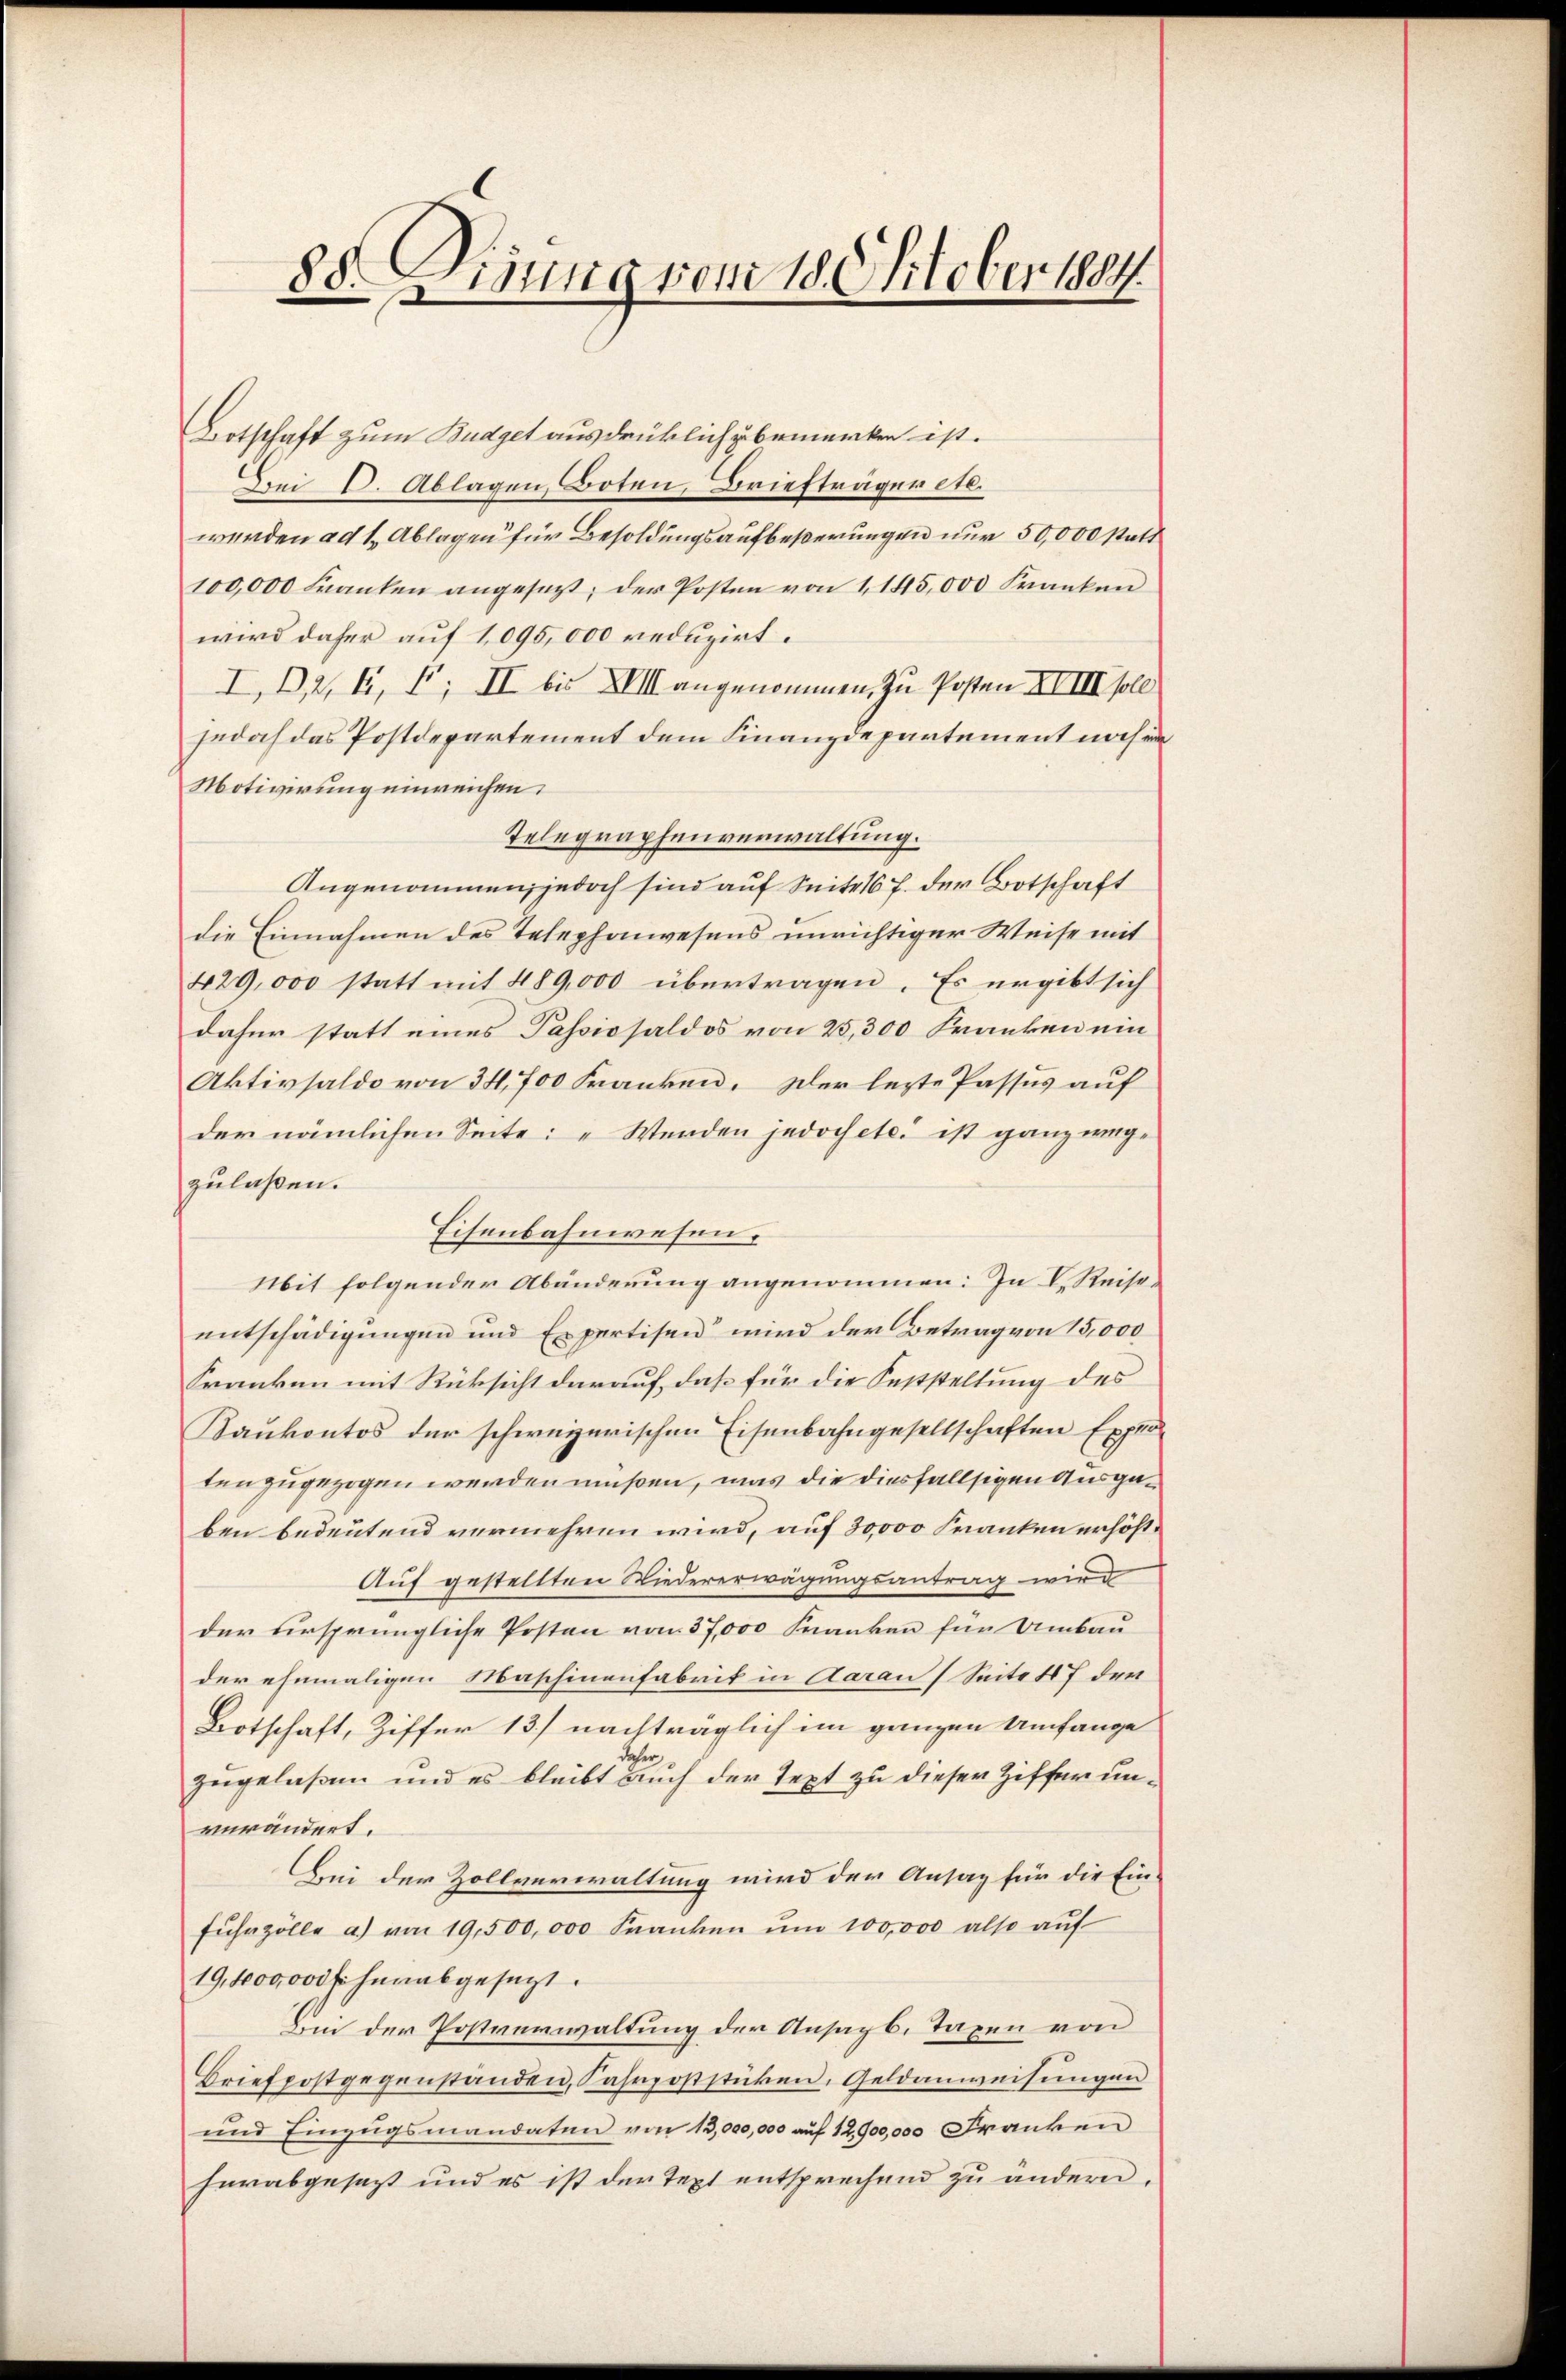
88. Dirung vom 18. Oktober 1884.

Botschaft zum Budget ausdrücklich zu bemerken ist.
Bei A. Ablagen, Boten, Briefträger etc.
werden ad 1. Ablagen für Besoldungsaufbeßerungen nur 50,000 statt
100,000 Franken angesezt, der Posten von 1145,000 Franken
wird daher auf 1095,000 reduzirt.
I, 2, 4, F. II bis XVIII angenommen, zu Posten XVIII soll
jedoch das Postdepartement dem Finanzdepartement noch ein
Motivirung einreichen.
Telegraphenverwaltung.
Angenommen; jedoch sind auf Seite 16 f. der Botschaft
die Einnahmen des Telephonwesens unrichtiger Weise mit
429,000 statt mit 489,000 übertragen. Es ergibt sich
dafür statt eines Passivsaldos von 25,300 Franken ein
Aktivsaldo von 34, 700 Franken. Der lezte Passus auf
der nämlichen Seite: „Werden jedoch etc. ist ganz wegzulaßen.
Eisenbahnwesen.
Mit folgender Abänderung angenommen: In I. Reiseentschädigungen und Expertisen“ wird der Betrag von 15,000
Franken mit Rücksicht darauf, daß für die Feststellung des
Kankontos der schweizerischen Eisenbahngesellschaften Exploten zugezogen werden müßen, was die diesfallsigen Ausgaben bedeutend vermehren wird, auf 30,000 Franken erhöht¬
Auf gestellten Wiedererwägungsantrag wird
der ursprüngliche Posten von 37,000 Franken für Umbau
der ehemaligen Maschinenfabrik in Aarau (Seite 17 der
Botschaft, Ziffer 13) nachträglich im ganzen Umfange
da
zugelaßen und es bleibt auch der Text zu dieser Ziffer unverändert.
Bei der Zollverwaltung wird der Ansag für die Einfŭhrzölle a) von 19,500,000 Franken ŭm 100,000 also aŭf
19,400,000 fr herabgesagt.
Bin der Postverwaltung der Ansagb. Taxen von
Briefpostgegenständen, Fahrpoststücken, Geldanweisungen
und Einzŭgsmandaten von 13,000,000 auf 12,900,000 Franken
herabgesagt und es ist der Text entsprechend zu ändern.